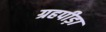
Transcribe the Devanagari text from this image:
ग्रहपीड़ा